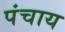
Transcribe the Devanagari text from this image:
पंचाय